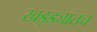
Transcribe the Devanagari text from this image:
खड्ड्यातच